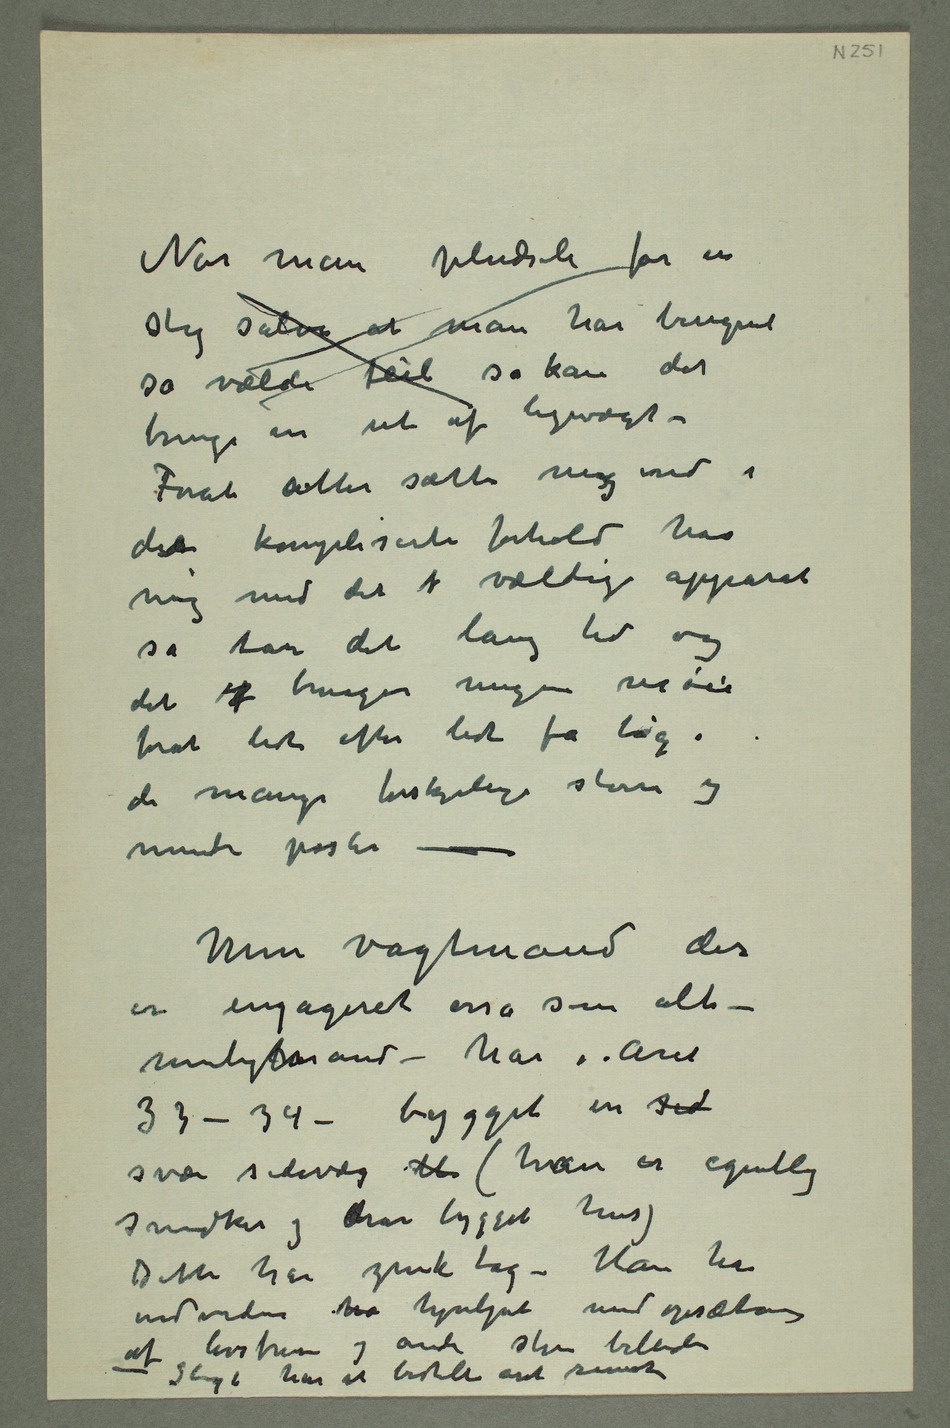
Når man pludseli får en
slig salve at man har beregnet
så vældi feil så kan det
bringe en ut af ligevægt –
Forat atter sætte mig ind i
det kompliserte forhold hos
mig med det  vældige apparat
så tar det lang tid og
det  bruges megen møie
forat lidt efter lidt få tag i
de mange forskjellige større og
mindre poster –
Min vagtmand der
muligtmand – har i året
svær sidevæg  (han er egentlig
snedker og har bygget hus)
Dette har zink tag – Han har
endvidere ha hjulpet med opsætning
af livsfrisen og andre store billeder